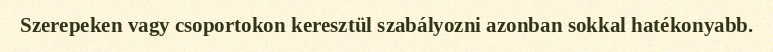
Szerepeken vagy csoportokon keresztül szabályozni azonban sokkal hatékonyabb.